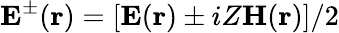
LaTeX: \mathbf{E}^{\pm}(\mathbf{r})=\left[\mathbf{E}(\mathbf{r})\pm iZ\mathbf{H}(\mathbf{r})\right]/2